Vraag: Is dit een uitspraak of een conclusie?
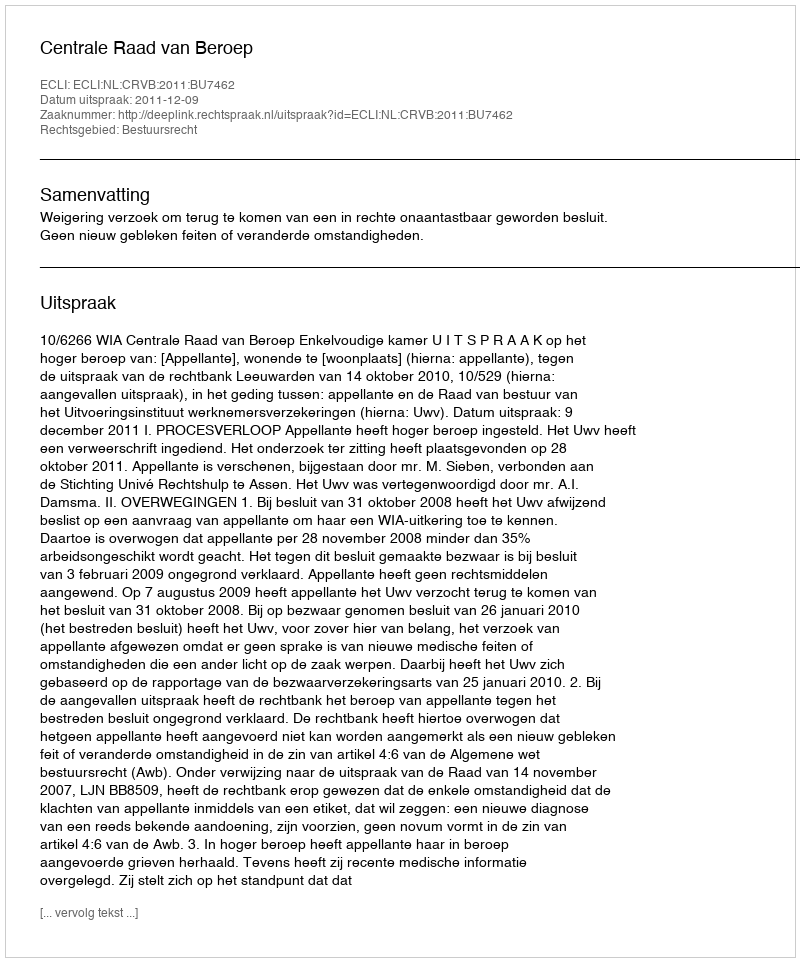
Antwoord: Uitspraak